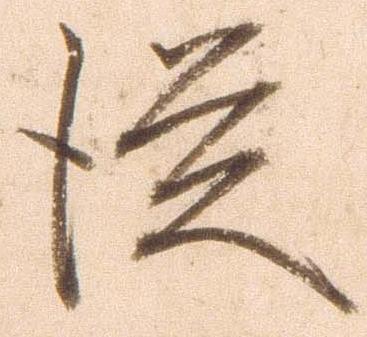
従